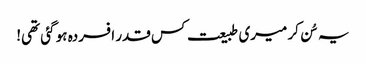
یہ سُن کر میری طبیعت کس قدر افسردہ ہو گئی تھی!